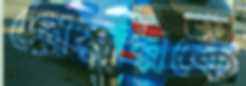
প্লেয়ারকে